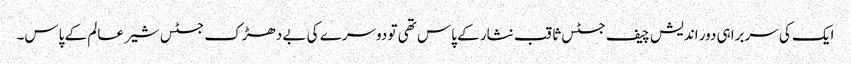
ایک کی سربراہی دور اندیش چیف جسٹس ثاقب نثار کے پاس تھی تو دوسرے کی بے دھڑک جسٹس شیر عالم کے پاس۔